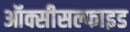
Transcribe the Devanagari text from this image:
ऑक्सीसल्फाइड